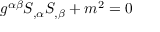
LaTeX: g ^ { \alpha \beta } S _ { , \alpha } S _ { , \beta } + m ^ { 2 } = 0